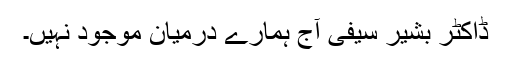
ڈاکٹر بشیر سیفی آج ہمارے درمیان موجود نہیں۔